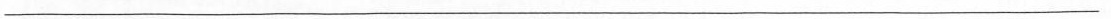
___